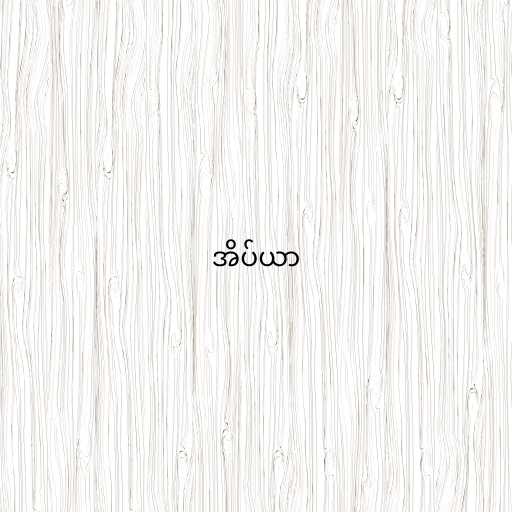
အိပ်ယာ